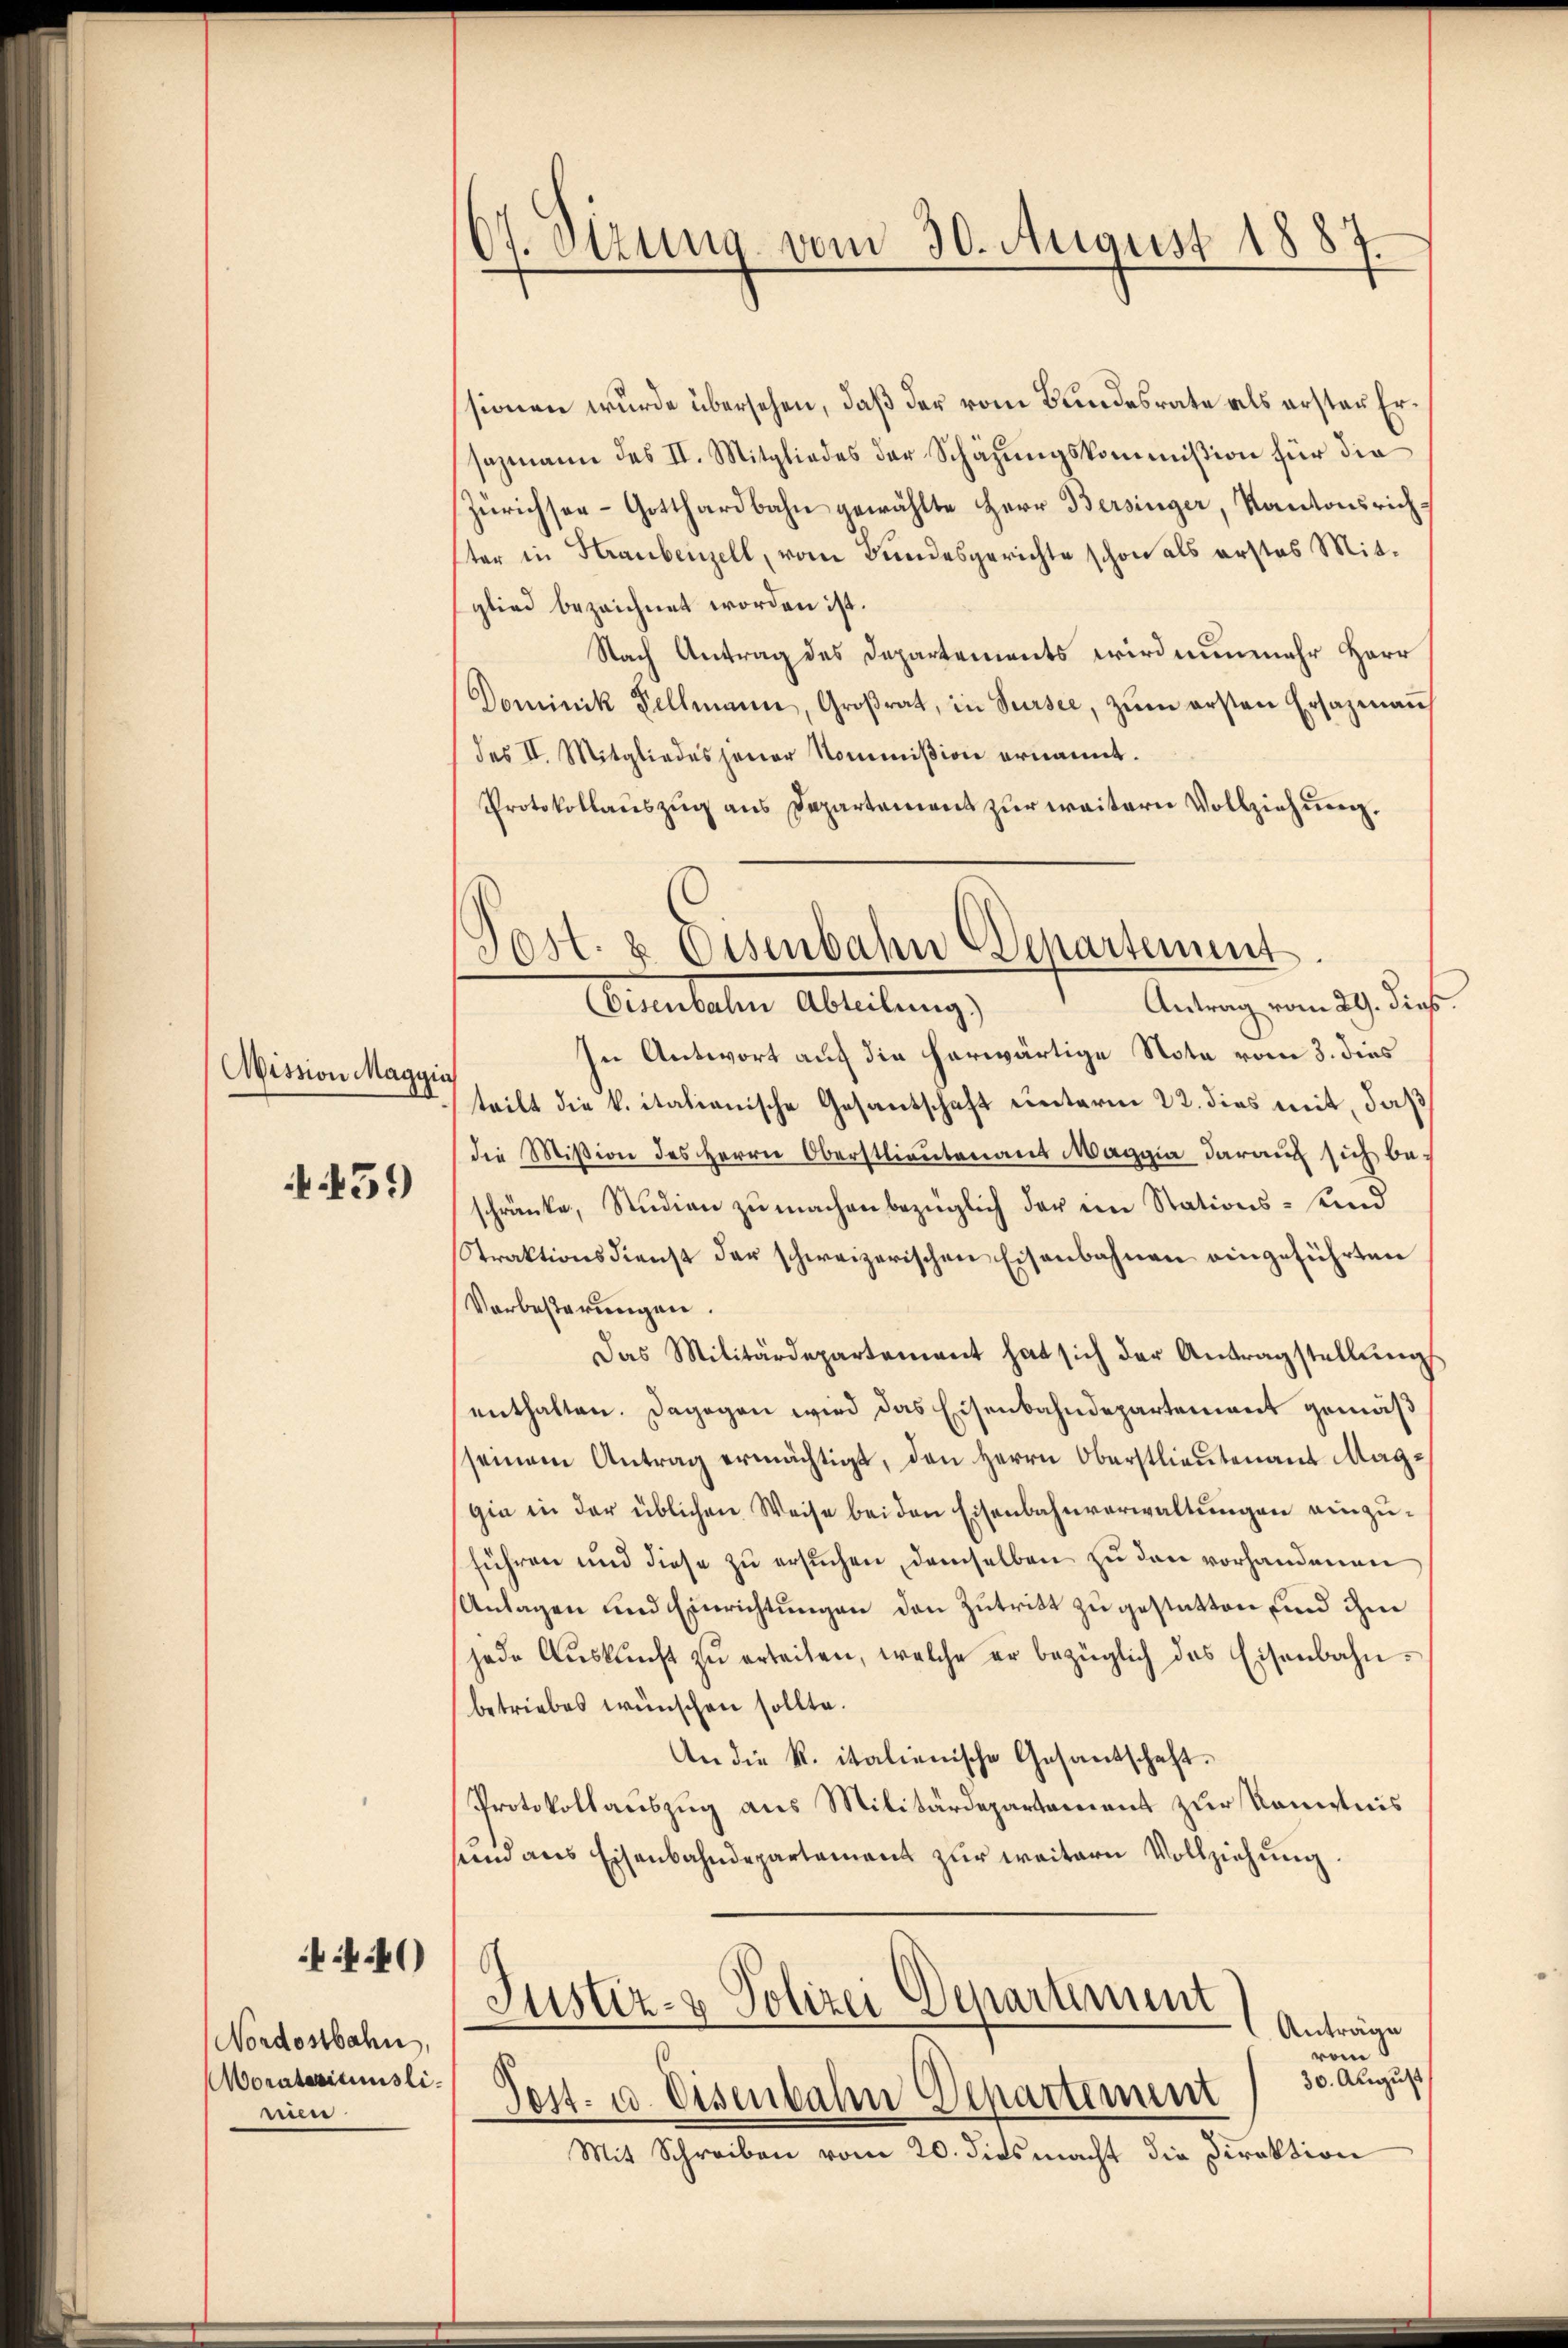
Wission Maggia

59)

44)

Nordostbahn,
Morateriumsli-
nien

67. Sitzung vom 30. August 1887.

sionen wurde übersehen, daß der vom Bundesrate als erster Ersazmann des II. Mitgliedes der Schazungskommißion für die
Zürichsee-Gotthardbahn gewählte Herr Bersinger, Kantonsrichter in Straubenzell, vom Bundesgerichte schon als erstes Mitglied bezeichnet worden ist.
Nach Antrag des Departements wird nunmehr Herr
Dominik Fellmann, Groβrat, in Sursee, zŭm ersten Ersazmaṅ
des II. Mitgliedes jener Kommißion ernannt.
Protokollauszug aus Departement zur weitern Vollziehung.
Antrag vom 29. dieß
Cementalen Abreitung
In Antwort auf die herwärtige Nota vom 3. dies
teilt die k. itationische Gesantschaft unterm 22. dies mit, daß
die Mißion des Herrn Oberstlieutenaus Maggia darauf sich be-
schränke, Studien zu machen bezüglich der im Stations- und
Straktionsdienst der schweizerischen Eisenbahnen eingeführten
Vorbesterungen.
Das Militärdepartement hat sich der Antragstellŭng
enthalten. Dagegen wird das Eisenbahndepartement gemäß
(seinem Antrag ermächtigt, den Herrn Oberstlieutenant Maggia in der üblichen Weise bei den Eisenbahnverwaltungen einzuführen und diese zu ersuchen, demselben zu den vorhandenen
Anlagen und Einrichtungen den Zutritt zu gestatten und ihm
jede Aŭskŭnft zŭ erteilen, welche er bezüglich das Eisenbahn-
betriebes wünschen sollte.
An die K. italienische Gesandschaft-
Protokollauszug aus Militärdepartement zur Kenntnis
sund aus Eisenbahndepartement zur weitern Vollziehung.
Justiz- & Polizei Departement
Anträge
vom
30. August
Pest- u. Eisenbahn Departinum
Mit Schreiben vom 20. diesmacht die Direktion

Post- & Eisenbahn Departement